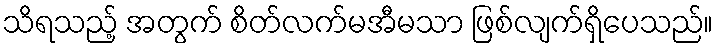
သိရသည့် အတွက် စိတ်လက်မအီမသာ ဖြစ်လျက်ရှိပေသည်။